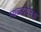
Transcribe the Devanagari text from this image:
स्थळापर्यंतचा